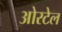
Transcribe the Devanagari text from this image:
ओरटेल